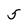
Character: 5